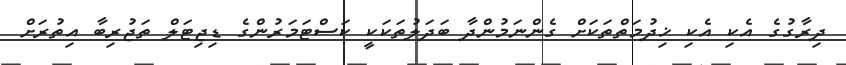
ދިރާގުގެ އެކި އެކި ޚިދުމަތްތަކަށް ގެންނަމުންދާ ބަދަލުތަކަކީ ކަސްޓަމަރުންގެ ޑިޖިޓަލް ތަޖުރިބާ އިތުރަށް